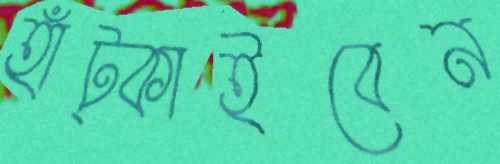
হাঁট্‌কাইবেন